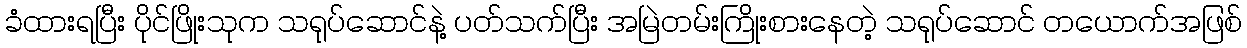
ခံထားရပြီး ပိုင်ဖြိုးသုက သရုပ်ဆောင်နဲ့ ပတ်သက်ပြီး အမြဲတမ်းကြိုးစားနေတဲ့ သရုပ်ဆောင် တယောက်အဖြစ်